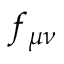
f _ { \mu \nu }